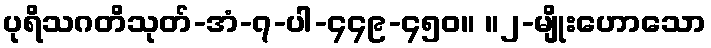
ပုရိသဂတိသုတ်-အံ-၇-ပါ-၄၄၉-၄၅၀။ ။၂-မျိုးဟောသော